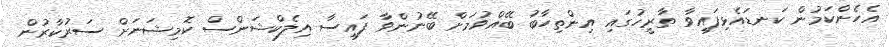
އެހެންކަމުން ކަނޑައެޅިފައިވާ ތާރީހުގައި އިންތިހާބު ބޭއްވުމަށް ބޭނުންވާ ފައިސާ އިލެކްޝަންސް ކޮމިޝަނަށް ސަރުކާރުން